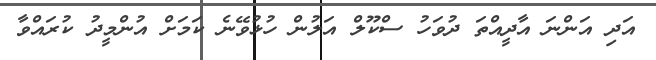
އަދި އަންނަ އާދީއްތަ ދުވަހު ސްކޫލް އަލުން ހުޅުވޭނެ ކަމަށް އުންމީދު ކުރައްވާ